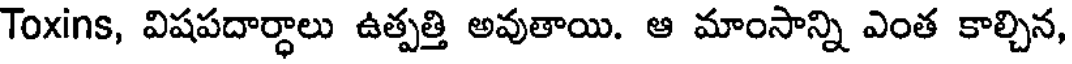
Toxins, విషపదార్ధాలు ఉత్పత్తి అవుతాయి. ఆ మాంసాన్ని ఎంత కాల్చిన,